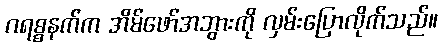
ဂရစ္စနက်က အိမ်ဖော်အဘွားကို လှမ်းပြောလိုက်သည်။